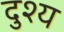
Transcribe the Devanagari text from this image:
दुश्‍य